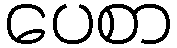
ပေစာ